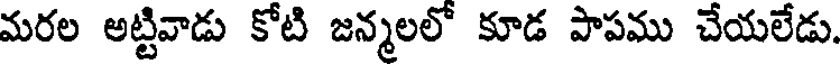
మరల అట్టివాడు కోటి జన్మలలో కూడ పాపము చేయలేడు.